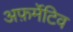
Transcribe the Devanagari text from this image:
अफ़र्मेटिव